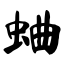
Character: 蛐